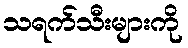
သရက်သီးများကို